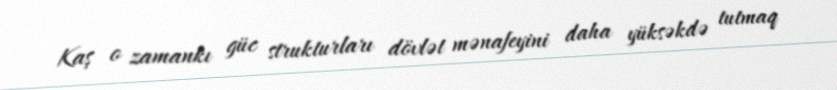
Kaş o zamankı güc strukturları dövlət mənafeyini daha yüksəkdə tutmaq